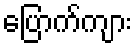
ပြောက်ကျား